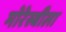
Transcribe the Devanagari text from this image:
मोरेस्बीला